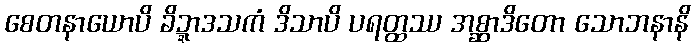
စေတနာယောပိ ခိဍ္ဍာဒသကံ ဒိသာပိ ပရတ္ထဿ အစ္ဆာဒိတော သောဘနာနိ